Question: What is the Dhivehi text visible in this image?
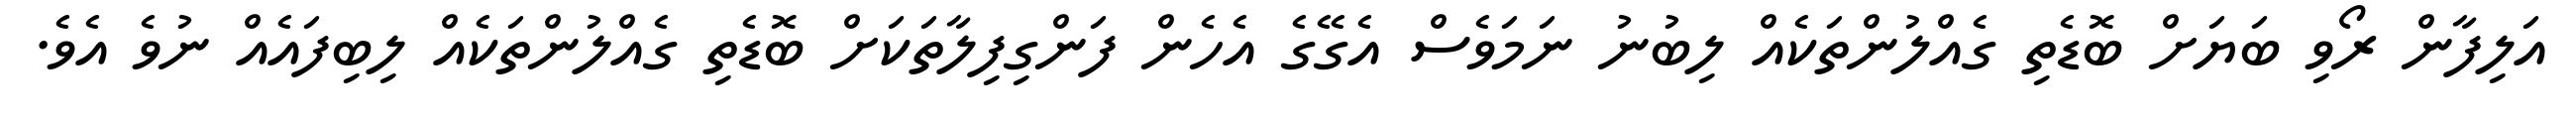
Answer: އަލިފާން ރޯވި ބަޔަށް ބޮޑެތި ގެއްލުންތަކެއް ލިބުނު ނަމަވެސް އެގޭގެ އެހެން ފަންގިފިލާތަކަށް ބޮޑެތި ގެއްލުންތަކެއް ލިބިފައެއް ނުވެ އެވެ.